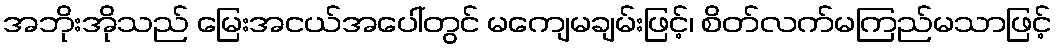
အဘိုးအိုသည် မြေးအငယ်အပေါ်တွင် မကျေမချမ်းဖြင့်၊ စိတ်လက်မကြည်မသာဖြင့်